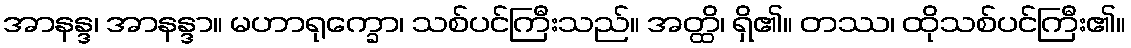
အာနန္ဒ၊ အာနန္ဒာ။ မဟာရုက္ခော၊ သစ်ပင်ကြီးသည်။ အတ္ထိ၊ ရှိ၏။ တဿ၊ ထိုသစ်ပင်ကြီး၏။